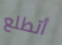
أتطلع